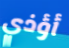
أؤذي